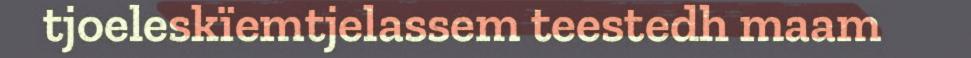
tjoeleskïemtjelassem teestedh maam